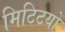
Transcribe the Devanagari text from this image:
मिटिटयों